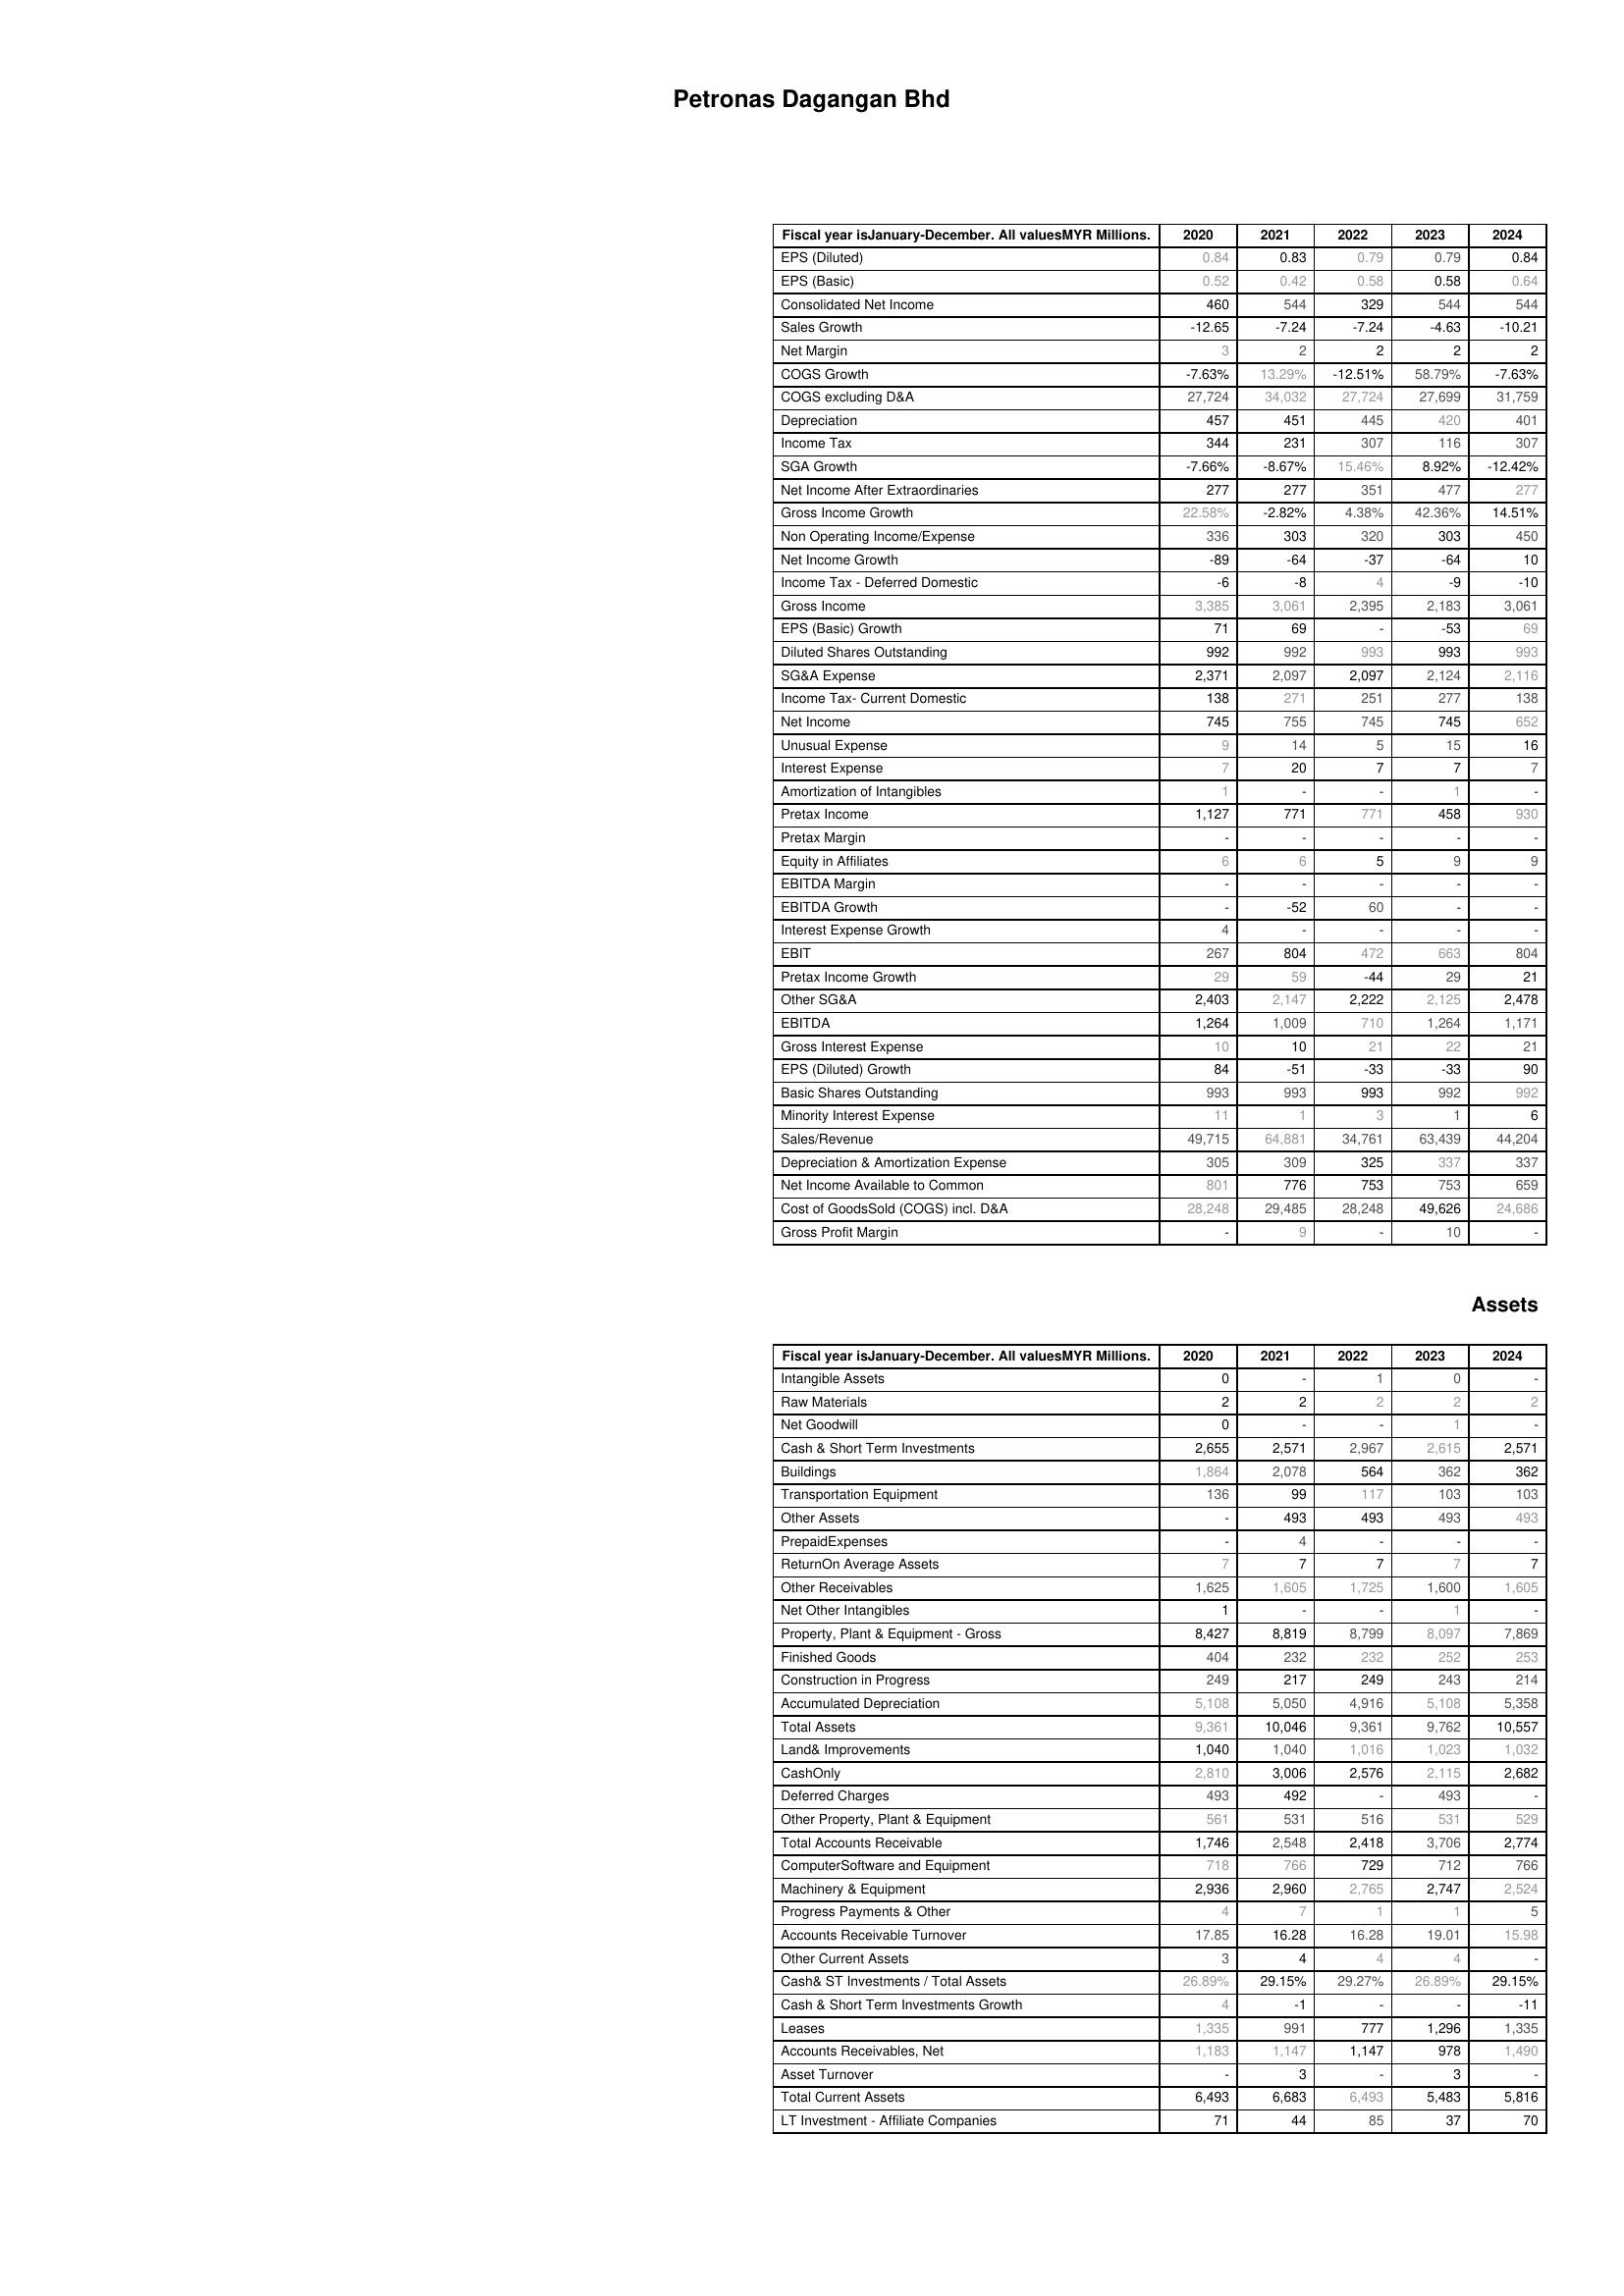
2020: : EPS (Diluted): 0.84
EPS (Basic): 0.52
Consolidated Net Income: 460
Sales Growth: -12.65
Net Margin: 3
COGS Growth: -7.63%
COGS excluding D&A: 27,724
Depreciation: 457
Income Tax: 344
SGA Growth: -7.66%
Net Income After Extraordinaries: 277
Gross Income Growth: 22.58%
Non Operating Income/Expense: 336
Net Income Growth: -89
Income Tax - Deferred Domestic: -6
Gross Income: 3,385
EPS (Basic) Growth: 71
Diluted Shares Outstanding: 992
SG&A Expense: 2,371
Income Tax- Current Domestic: 138
Net Income: 745
Unusual Expense: 9
Interest Expense: 7
Amortization of Intangibles: 1
Pretax Income: 1,127
Pretax Margin: -
Equity in Affiliates: 6
EBITDA Margin: -
EBITDA Growth: -
Interest Expense Growth: 4
EBIT: 267
Pretax Income Growth: 29
Other SG&A: 2,403
EBITDA: 1,264
Gross Interest Expense: 10
EPS (Diluted) Growth: 84
Basic Shares Outstanding: 993
Minority Interest Expense: 11
Sales/Revenue: 49,715
Depreciation & Amortization Expense: 305
Net Income Available to Common: 801
Cost of GoodsSold (COGS) incl. D&A: 28,248
Gross Profit Margin: -
Assets: Intangible Assets: 0
Raw Materials: 2
Net Goodwill: 0
Cash & Short Term Investments: 2,655
Buildings: 1,864
Transportation Equipment: 136
Other Assets: -
PrepaidExpenses: -
ReturnOn Average Assets: 7
Other Receivables: 1,625
Net Other Intangibles: 1
Property, Plant & Equipment - Gross : 8,427
Finished Goods: 404
Construction in Progress: 249
Accumulated Depreciation: 5,108
Total Assets: 9,361
Land& Improvements: 1,040
CashOnly: 2,810
Deferred Charges: 493
Other Property, Plant & Equipment: 561
Total Accounts Receivable: 1,746
ComputerSoftware and Equipment: 718
Machinery & Equipment: 2,936
Progress Payments & Other: 4
Accounts Receivable Turnover: 17.85
Other Current Assets: 3
Cash& ST Investments / Total Assets: 26.89%
Cash & Short Term Investments Growth: 4
Leases: 1,335
Accounts Receivables, Net: 1,183
Asset Turnover: -
Total Current Assets: 6,493
LT Investment - Affiliate Companies: 71
2021: : EPS (Diluted): 0.83
EPS (Basic): 0.42
Consolidated Net Income: 544
Sales Growth: -7.24
Net Margin: 2
COGS Growth: 13.29%
COGS excluding D&A: 34,032
Depreciation: 451
Income Tax: 231
SGA Growth: -8.67%
Net Income After Extraordinaries: 277
Gross Income Growth: -2.82%
Non Operating Income/Expense: 303
Net Income Growth: -64
Income Tax - Deferred Domestic: -8
Gross Income: 3,061
EPS (Basic) Growth: 69
Diluted Shares Outstanding: 992
SG&A Expense: 2,097
Income Tax- Current Domestic: 271
Net Income: 755
Unusual Expense: 14
Interest Expense: 20
Amortization of Intangibles: -
Pretax Income: 771
Pretax Margin: -
Equity in Affiliates: 6
EBITDA Margin: -
EBITDA Growth: -52
Interest Expense Growth: -
EBIT: 804
Pretax Income Growth: 59
Other SG&A: 2,147
EBITDA: 1,009
Gross Interest Expense: 10
EPS (Diluted) Growth: -51
Basic Shares Outstanding: 993
Minority Interest Expense: 1
Sales/Revenue: 64,881
Depreciation & Amortization Expense: 309
Net Income Available to Common: 776
Cost of GoodsSold (COGS) incl. D&A: 29,485
Gross Profit Margin: 9
Assets: Intangible Assets: -
Raw Materials: 2
Net Goodwill: -
Cash & Short Term Investments: 2,571
Buildings: 2,078
Transportation Equipment: 99
Other Assets: 493
PrepaidExpenses: 4
ReturnOn Average Assets: 7
Other Receivables: 1,605
Net Other Intangibles: -
Property, Plant & Equipment - Gross : 8,819
Finished Goods: 232
Construction in Progress: 217
Accumulated Depreciation: 5,050
Total Assets: 10,046
Land& Improvements: 1,040
CashOnly: 3,006
Deferred Charges: 492
Other Property, Plant & Equipment: 531
Total Accounts Receivable: 2,548
ComputerSoftware and Equipment: 766
Machinery & Equipment: 2,960
Progress Payments & Other: 7
Accounts Receivable Turnover: 16.28
Other Current Assets: 4
Cash& ST Investments / Total Assets: 29.15%
Cash & Short Term Investments Growth: -1
Leases: 991
Accounts Receivables, Net: 1,147
Asset Turnover: 3
Total Current Assets: 6,683
LT Investment - Affiliate Companies: 44
2022: : EPS (Diluted): 0.79
EPS (Basic): 0.58
Consolidated Net Income: 329
Sales Growth: -7.24
Net Margin: 2
COGS Growth: -12.51%
COGS excluding D&A: 27,724
Depreciation: 445
Income Tax: 307
SGA Growth: 15.46%
Net Income After Extraordinaries: 351
Gross Income Growth: 4.38%
Non Operating Income/Expense: 320
Net Income Growth: -37
Income Tax - Deferred Domestic: 4
Gross Income: 2,395
EPS (Basic) Growth: -
Diluted Shares Outstanding: 993
SG&A Expense: 2,097
Income Tax- Current Domestic: 251
Net Income: 745
Unusual Expense: 5
Interest Expense: 7
Amortization of Intangibles: -
Pretax Income: 771
Pretax Margin: -
Equity in Affiliates: 5
EBITDA Margin: -
EBITDA Growth: 60
Interest Expense Growth: -
EBIT: 472
Pretax Income Growth: -44
Other SG&A: 2,222
EBITDA: 710
Gross Interest Expense: 21
EPS (Diluted) Growth: -33
Basic Shares Outstanding: 993
Minority Interest Expense: 3
Sales/Revenue: 34,761
Depreciation & Amortization Expense: 325
Net Income Available to Common: 753
Cost of GoodsSold (COGS) incl. D&A: 28,248
Gross Profit Margin: -
Assets: Intangible Assets: 1
Raw Materials: 2
Net Goodwill: -
Cash & Short Term Investments: 2,967
Buildings: 564
Transportation Equipment: 117
Other Assets: 493
PrepaidExpenses: -
ReturnOn Average Assets: 7
Other Receivables: 1,725
Net Other Intangibles: -
Property, Plant & Equipment - Gross : 8,799
Finished Goods: 232
Construction in Progress: 249
Accumulated Depreciation: 4,916
Total Assets: 9,361
Land& Improvements: 1,016
CashOnly: 2,576
Deferred Charges: -
Other Property, Plant & Equipment: 516
Total Accounts Receivable: 2,418
ComputerSoftware and Equipment: 729
Machinery & Equipment: 2,765
Progress Payments & Other: 1
Accounts Receivable Turnover: 16.28
Other Current Assets: 4
Cash& ST Investments / Total Assets: 29.27%
Cash & Short Term Investments Growth: -
Leases: 777
Accounts Receivables, Net: 1,147
Asset Turnover: -
Total Current Assets: 6,493
LT Investment - Affiliate Companies: 85
2023: : EPS (Diluted): 0.79
EPS (Basic): 0.58
Consolidated Net Income: 544
Sales Growth: -4.63
Net Margin: 2
COGS Growth: 58.79%
COGS excluding D&A: 27,699
Depreciation: 420
Income Tax: 116
SGA Growth: 8.92%
Net Income After Extraordinaries: 477
Gross Income Growth: 42.36%
Non Operating Income/Expense: 303
Net Income Growth: -64
Income Tax - Deferred Domestic: -9
Gross Income: 2,183
EPS (Basic) Growth: -53
Diluted Shares Outstanding: 993
SG&A Expense: 2,124
Income Tax- Current Domestic: 277
Net Income: 745
Unusual Expense: 15
Interest Expense: 7
Amortization of Intangibles: 1
Pretax Income: 458
Pretax Margin: -
Equity in Affiliates: 9
EBITDA Margin: -
EBITDA Growth: -
Interest Expense Growth: -
EBIT: 663
Pretax Income Growth: 29
Other SG&A: 2,125
EBITDA: 1,264
Gross Interest Expense: 22
EPS (Diluted) Growth: -33
Basic Shares Outstanding: 992
Minority Interest Expense: 1
Sales/Revenue: 63,439
Depreciation & Amortization Expense: 337
Net Income Available to Common: 753
Cost of GoodsSold (COGS) incl. D&A: 49,626
Gross Profit Margin: 10
Assets: Intangible Assets: 0
Raw Materials: 2
Net Goodwill: 1
Cash & Short Term Investments: 2,615
Buildings: 362
Transportation Equipment: 103
Other Assets: 493
PrepaidExpenses: -
ReturnOn Average Assets: 7
Other Receivables: 1,600
Net Other Intangibles: 1
Property, Plant & Equipment - Gross : 8,097
Finished Goods: 252
Construction in Progress: 243
Accumulated Depreciation: 5,108
Total Assets: 9,762
Land& Improvements: 1,023
CashOnly: 2,115
Deferred Charges: 493
Other Property, Plant & Equipment: 531
Total Accounts Receivable: 3,706
ComputerSoftware and Equipment: 712
Machinery & Equipment: 2,747
Progress Payments & Other: 1
Accounts Receivable Turnover: 19.01
Other Current Assets: 4
Cash& ST Investments / Total Assets: 26.89%
Cash & Short Term Investments Growth: -
Leases: 1,296
Accounts Receivables, Net: 978
Asset Turnover: 3
Total Current Assets: 5,483
LT Investment - Affiliate Companies: 37
2024: : EPS (Diluted): 0.84
EPS (Basic): 0.64
Consolidated Net Income: 544
Sales Growth: -10.21
Net Margin: 2
COGS Growth: -7.63%
COGS excluding D&A: 31,759
Depreciation: 401
Income Tax: 307
SGA Growth: -12.42%
Net Income After Extraordinaries: 277
Gross Income Growth: 14.51%
Non Operating Income/Expense: 450
Net Income Growth: 10
Income Tax - Deferred Domestic: -10
Gross Income: 3,061
EPS (Basic) Growth: 69
Diluted Shares Outstanding: 993
SG&A Expense: 2,116
Income Tax- Current Domestic: 138
Net Income: 652
Unusual Expense: 16
Interest Expense: 7
Amortization of Intangibles: -
Pretax Income: 930
Pretax Margin: -
Equity in Affiliates: 9
EBITDA Margin: -
EBITDA Growth: -
Interest Expense Growth: -
EBIT: 804
Pretax Income Growth: 21
Other SG&A: 2,478
EBITDA: 1,171
Gross Interest Expense: 21
EPS (Diluted) Growth: 90
Basic Shares Outstanding: 992
Minority Interest Expense: 6
Sales/Revenue: 44,204
Depreciation & Amortization Expense: 337
Net Income Available to Common: 659
Cost of GoodsSold (COGS) incl. D&A: 24,686
Gross Profit Margin: -
Assets: Intangible Assets: -
Raw Materials: 2
Net Goodwill: -
Cash & Short Term Investments: 2,571
Buildings: 362
Transportation Equipment: 103
Other Assets: 493
PrepaidExpenses: -
ReturnOn Average Assets: 7
Other Receivables: 1,605
Net Other Intangibles: -
Property, Plant & Equipment - Gross : 7,869
Finished Goods: 253
Construction in Progress: 214
Accumulated Depreciation: 5,358
Total Assets: 10,557
Land& Improvements: 1,032
CashOnly: 2,682
Deferred Charges: -
Other Property, Plant & Equipment: 529
Total Accounts Receivable: 2,774
ComputerSoftware and Equipment: 766
Machinery & Equipment: 2,524
Progress Payments & Other: 5
Accounts Receivable Turnover: 15.98
Other Current Assets: -
Cash& ST Investments / Total Assets: 29.15%
Cash & Short Term Investments Growth: -11
Leases: 1,335
Accounts Receivables, Net: 1,490
Asset Turnover: -
Total Current Assets: 5,816
LT Investment - Affiliate Companies: 70